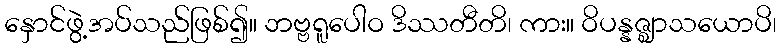
နှောင်ဖွဲ့အပ်သည်ဖြစ်၍။ ဘဗ္ဗရူပေါဝ ဒိဿတီတိ၊ ကား။ ဝိပန္နဇ္ဈာသယောပိ၊